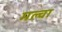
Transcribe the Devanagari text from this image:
मल्‍चा